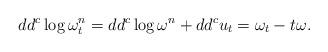
LaTeX: \begin{align*} dd^c \log \omega_t^n = dd^c \log \omega^n + dd^c u_t = \omega_t - t \omega.\end{align*}